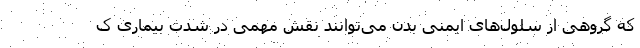
که گروهی از سلول‌های ایمنی بدن می‌توانند نقش مهمی در شدت بیماری ک